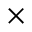
\times